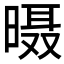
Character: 𱢙